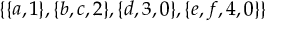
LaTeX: \{ \{ a , 1 \} , \{ b , c , 2 \} , \{ d , 3 , 0 \} , \{ e , f , 4 , 0 \} \}